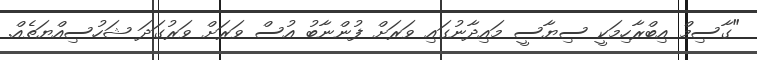
"ގާސިމް އިބްރާހިމަކީ ސިޔާސީ މައިދާނުގައި ވަރަށް ފުންނާބު އުސް ވަރަށް ވަރުގަދަ ޝަހުސިއްޔަތެއް.